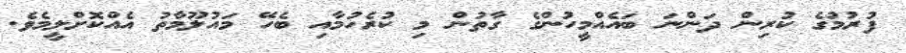
ފުރުމުގެ ކުރިން ދަންނަ ބައެއްމީހުންގެ ގާތުން މި ކުރެހުމާއި ބެހޭ މައުލޫމާތު އެއްކޮށްލީމެވެ.